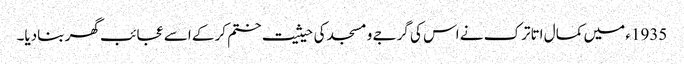
1935ء میں کمال اتاترک نے اس کی گرجے و مسجد کی حیثیت ختم کرکے اسے عجائب گھر بنادیا۔